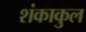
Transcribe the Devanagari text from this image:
शंकाकुल